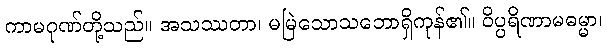
ကာမဂုဏ်တို့သည်။ အသဿတာ၊ မမြဲသောသဘောရှိကုန်၏။ ဝိပ္ပရိဏာမဓမ္မာ၊